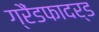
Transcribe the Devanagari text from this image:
ग्रैंडफादर्ड